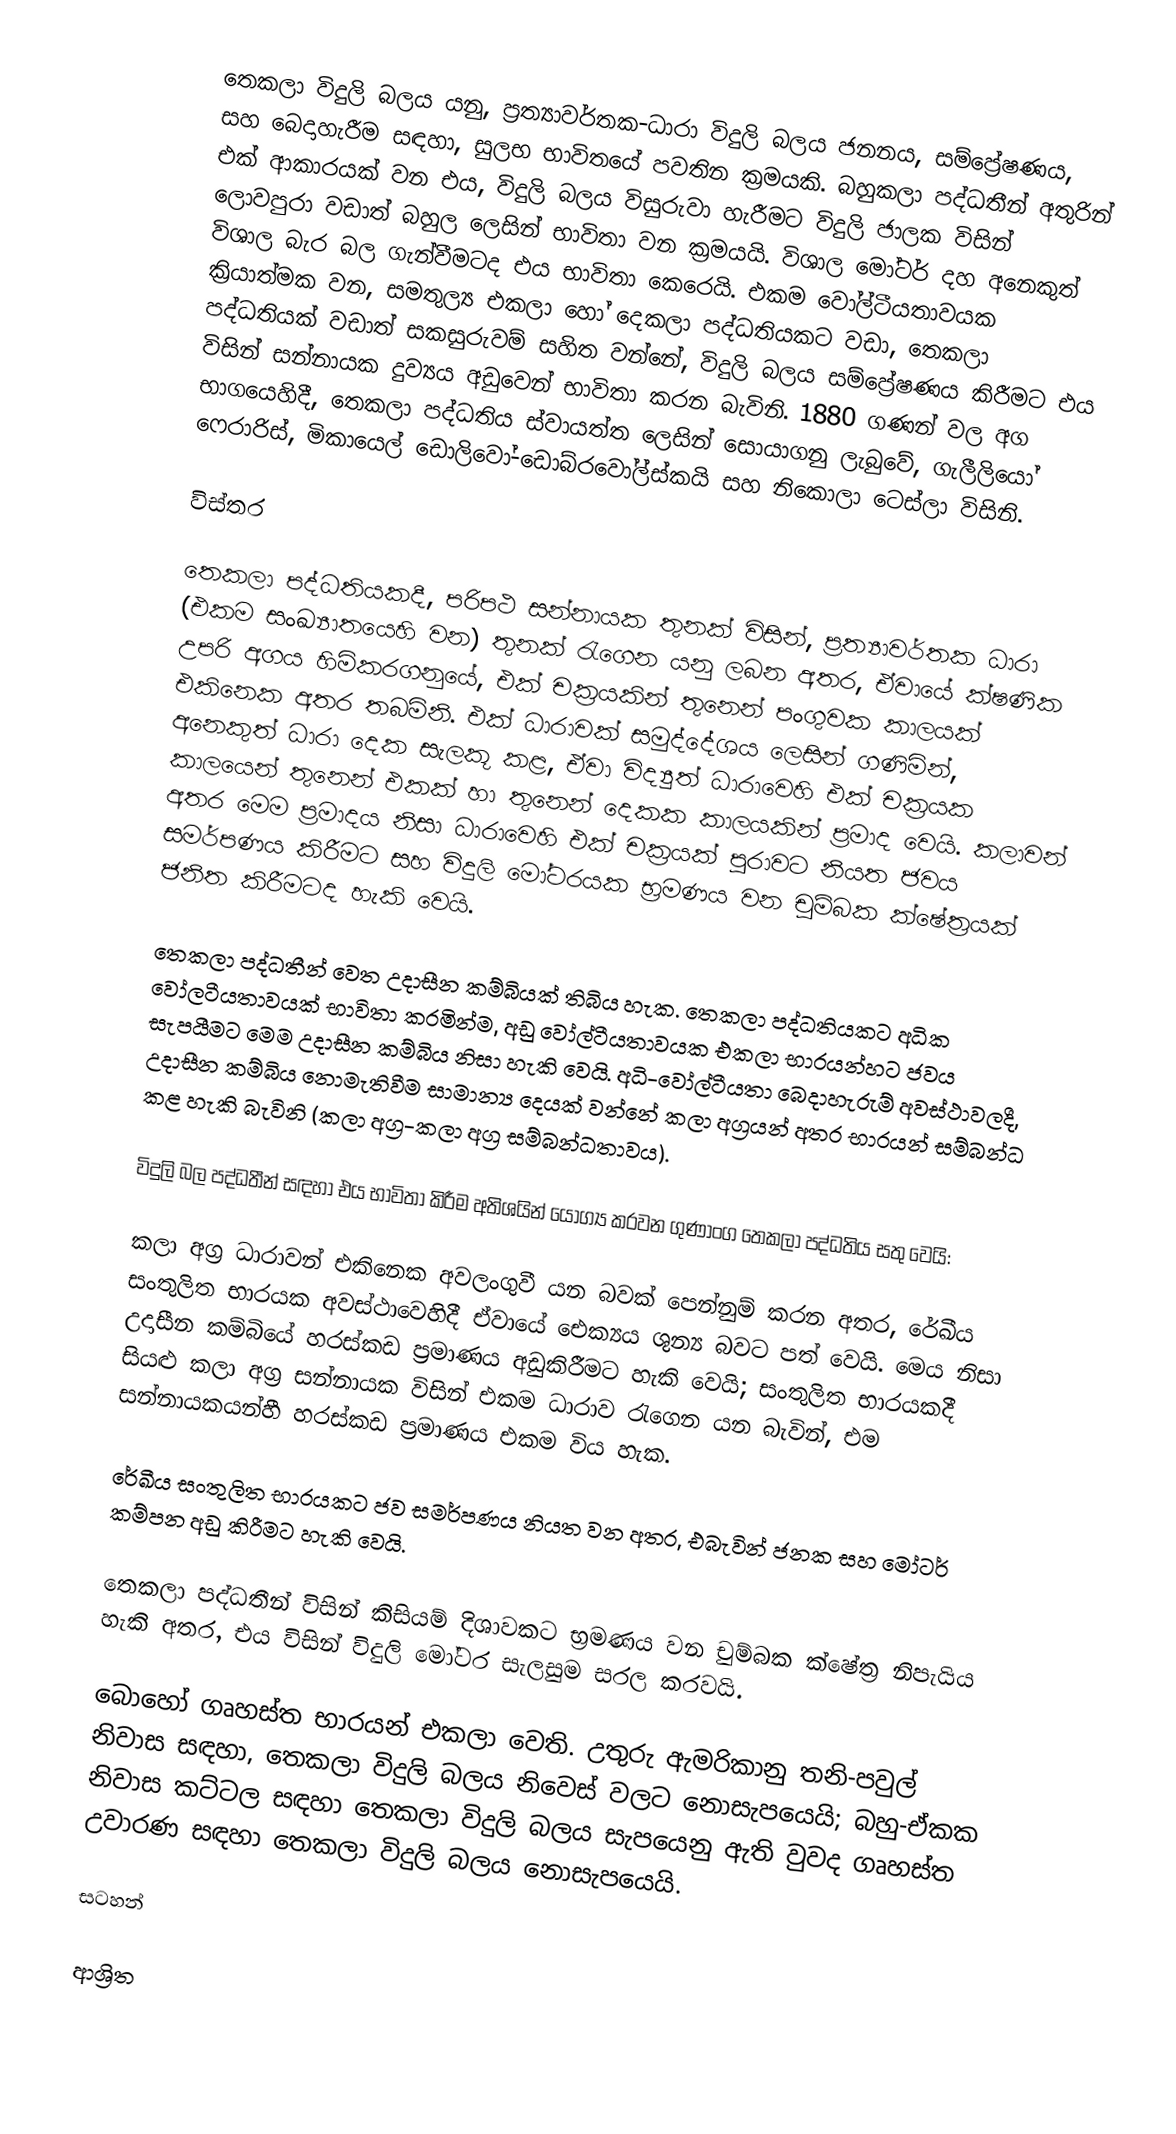
තෙකලා විදුලි බලය යනු, ප්‍රත්‍යාවර්තක-ධාරා විදුලි බලය ජනනය, සම්ප්‍රේෂණය, සහ බෙදාහැරීම සඳහා, සුලභ භාවිතයේ පවතින ක්‍රමයකි.  බහුකලා පද්ධතීන් අතුරින් එක් ආකාරයක් වන එය, විදුලි බලය විසුරුවා හැරීමට විදුලි ජාලක විසින් ලොවපුරා වඩාත් බහුල ලෙසින් භාවිතා වන ක්‍රමයයි. විශාල මෝටර් දහ අනෙකුත් විශාල බැර බල ගැන්වීමටද එය භාවිතා කෙරෙයි. එකම වෝල්ටීයතාවයක ක්‍රියාත්මක වන,  සමතුල්‍ය  එකලා හෝ දෙකලා පද්ධතියකට වඩා,   තෙකලා පද්ධතියක් වඩාත් සකසුරුවම් සහිත වන්නේ, විදුලි බලය සම්ප්‍රේෂණය කිරීමට එය විසින් සන්නායක දුව්‍යය අඩුවෙන් භාවිතා කරන බැවිනි.  1880 ගණන් වල අග භාගයෙහිදී, තෙකලා පද්ධතිය ස්වායත්ත ලෙසින් සොයාගනු ලැබුවේ,  ගැලීලියෝ ෆෙරාරිස්, මිකායෙල් ඩොලිවෝ-ඩොබ්රවෝල්ස්කයි සහ නිකොලා ටෙස්ලා විසිනි.

විස්තර

තෙකලා පද්ධතියකදී, පරිපථ සන්නායක තුනක් විසින්,  ප්‍රත්‍යාවර්තක ධාරා (එකම සංඛ්‍යාතයෙහි වන) තුනක් රැගෙන යනු ලබන අතර, ඒවායේ ක්ෂණික උපරි අගය හිමිකරගනුයේ, එක් චක්‍රයකින් තුනෙන් පංගුවක කාලයක් එකිනෙක අතර තබමිනි. එක් ධාරාවක් සමුද්දේශය ලෙසින් ගණිමින්, අනෙකුත් ධාරා දෙක සැලකූ කළ, ඒවා විද්‍යුත් ධාරාවෙහි එක් චක්‍රයක කාලයෙන් තුනෙන් එකක් හා තුනෙන් දෙකක කාලයකින් ප්‍රමාද වෙයි. කලාවන් අතර මෙම ප්‍රමාදය නිසා ධාරාවෙහි එක් චක්‍රයක් පුරාවට නියත ජවය සමර්පණය කිරීමට සහ විදුලි මෝටරයක භ්‍රමණය වන චුම්බක ක්ෂේත්‍රයක් ජනිත කිරීමටද හැකි වෙයි.

තෙකලා පද්ධතීන් වෙත උදාසීන කම්බියක් තිබිය හැක.  තෙකලා පද්ධතියකට අධික වෝලටීයතාවයක් භාවිතා කරමින්ම, අඩු වෝල්ටීයතාවයක  එකලා භාරයන්හට ජවය සැපයීමට මෙම උදාසීන කම්බිය නිසා හැකි වෙයි.  අධි-වෝල්ටීයතා බෙදාහැරුම් අවස්ථාවලදී, උදාසීන කම්බිය නොමැතිවීම සාමාන්‍ය දෙයක් වන්නේ කලා අග්‍රයන් අතර භාරයන් සම්බන්ධ කළ හැකි බැවිනි (කලා අග්‍ර-කලා අග්‍ර සම්බන්ධතාවය).

විදුලි බල පද්ධතීන් සඳහා එය භාවිතා කිරීම අතිශයින් යෝග්‍ය කරවන ගුණාංග තෙකලා පද්ධතිය සතු වෙයි:

 කලා අග්‍ර ධාරාවන් එකිනෙක අවලංගුවී යන බවක් පෙන්නුම් කරන අතර,  රේඛීය සංතුලිත භාරයක අවස්ථාවෙහිදී ඒවායේ ඓක්‍යය ශුන්‍ය බවට පත් වෙයි.  මෙය නිසා උදාසීන කම්බියේ හරස්කඩ ප්‍රමාණය අඩුකිරීමට හැකි වෙයි; සංතුලිත භාරයකදී සියළු කලා අග්‍ර සන්නායක විසින් එකම ධාරාව රැගෙන යන බැවින්, එම සන්නායකයන්හී හරස්කඩ ප්‍රමාණය එකම විය හැක.

රේඛීය සංතුලිත භාරයකට ජව සමර්පණය නියත වන අතර, එබැවින් ජනක සහ මෝටර් කම්පන අඩු කිරීමට හැකි වෙයි.

තෙකලා පද්ධතීන් විසින් කිසියම් දිශාවකට භ්‍රමණය වන චුම්බක ක්ෂේත්‍ර නිපැයිය හැකි අතර, එය විසින් විදුලි මෝටර සැලසුම සරල කරවයි.

බොහෝ ගෘහස්ත භාරයන් එකලා වෙති. උතුරු ඇමරිකානු තනි-පවුල් නිවාස සඳහා, තෙකලා විදුලි බලය නිවෙස් වලට නොසැපයෙයි; බහු-ඒකක නිවාස කට්ටල සඳහා තෙකලා විදුලි බලය සැපයෙනු ඇති වුවද ගෘහස්ත උවාරණ සඳහා තෙකලා විදුලි බලය නොසැපයෙයි.

සටහන්

ආශ්‍රිත